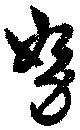
努